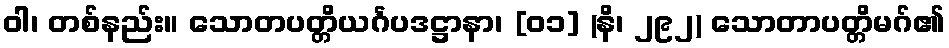
ဝါ၊ တစ်နည်း။ သောတပတ္တိယင်္ဂပဒဋ္ဌာနာ၊ [၀၁] (နိ၊ ၂၉၂) သောတာပတ္တိမဂ်၏